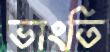
ভাংতি